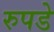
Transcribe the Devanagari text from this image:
रुपडे